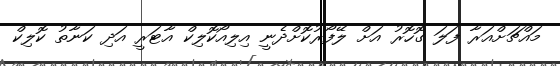
މައްޗަށްއަރާ ފަލަ ގޮހޮރު އަށް ލޭފޯރުކޮށްދެނީ އިލިއޯކޮލިކް އާޓަރީ އަދި ކަނާތު ކޮލިކް